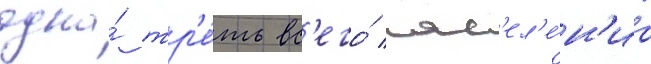
одна́ тр'е́ть вс'его́ нас'ел'е́н'иа